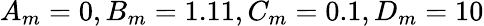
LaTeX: A_{m}=0,B_{m}=1.11,C_{m}=0.1,D_{m}=10